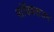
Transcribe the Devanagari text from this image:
पांडियराजन